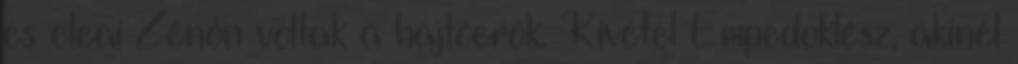
és eleai Zénón voltak a hajtóerők. Kivétel Empedoklész, akinél